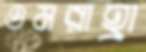
ওমরাহ্রা